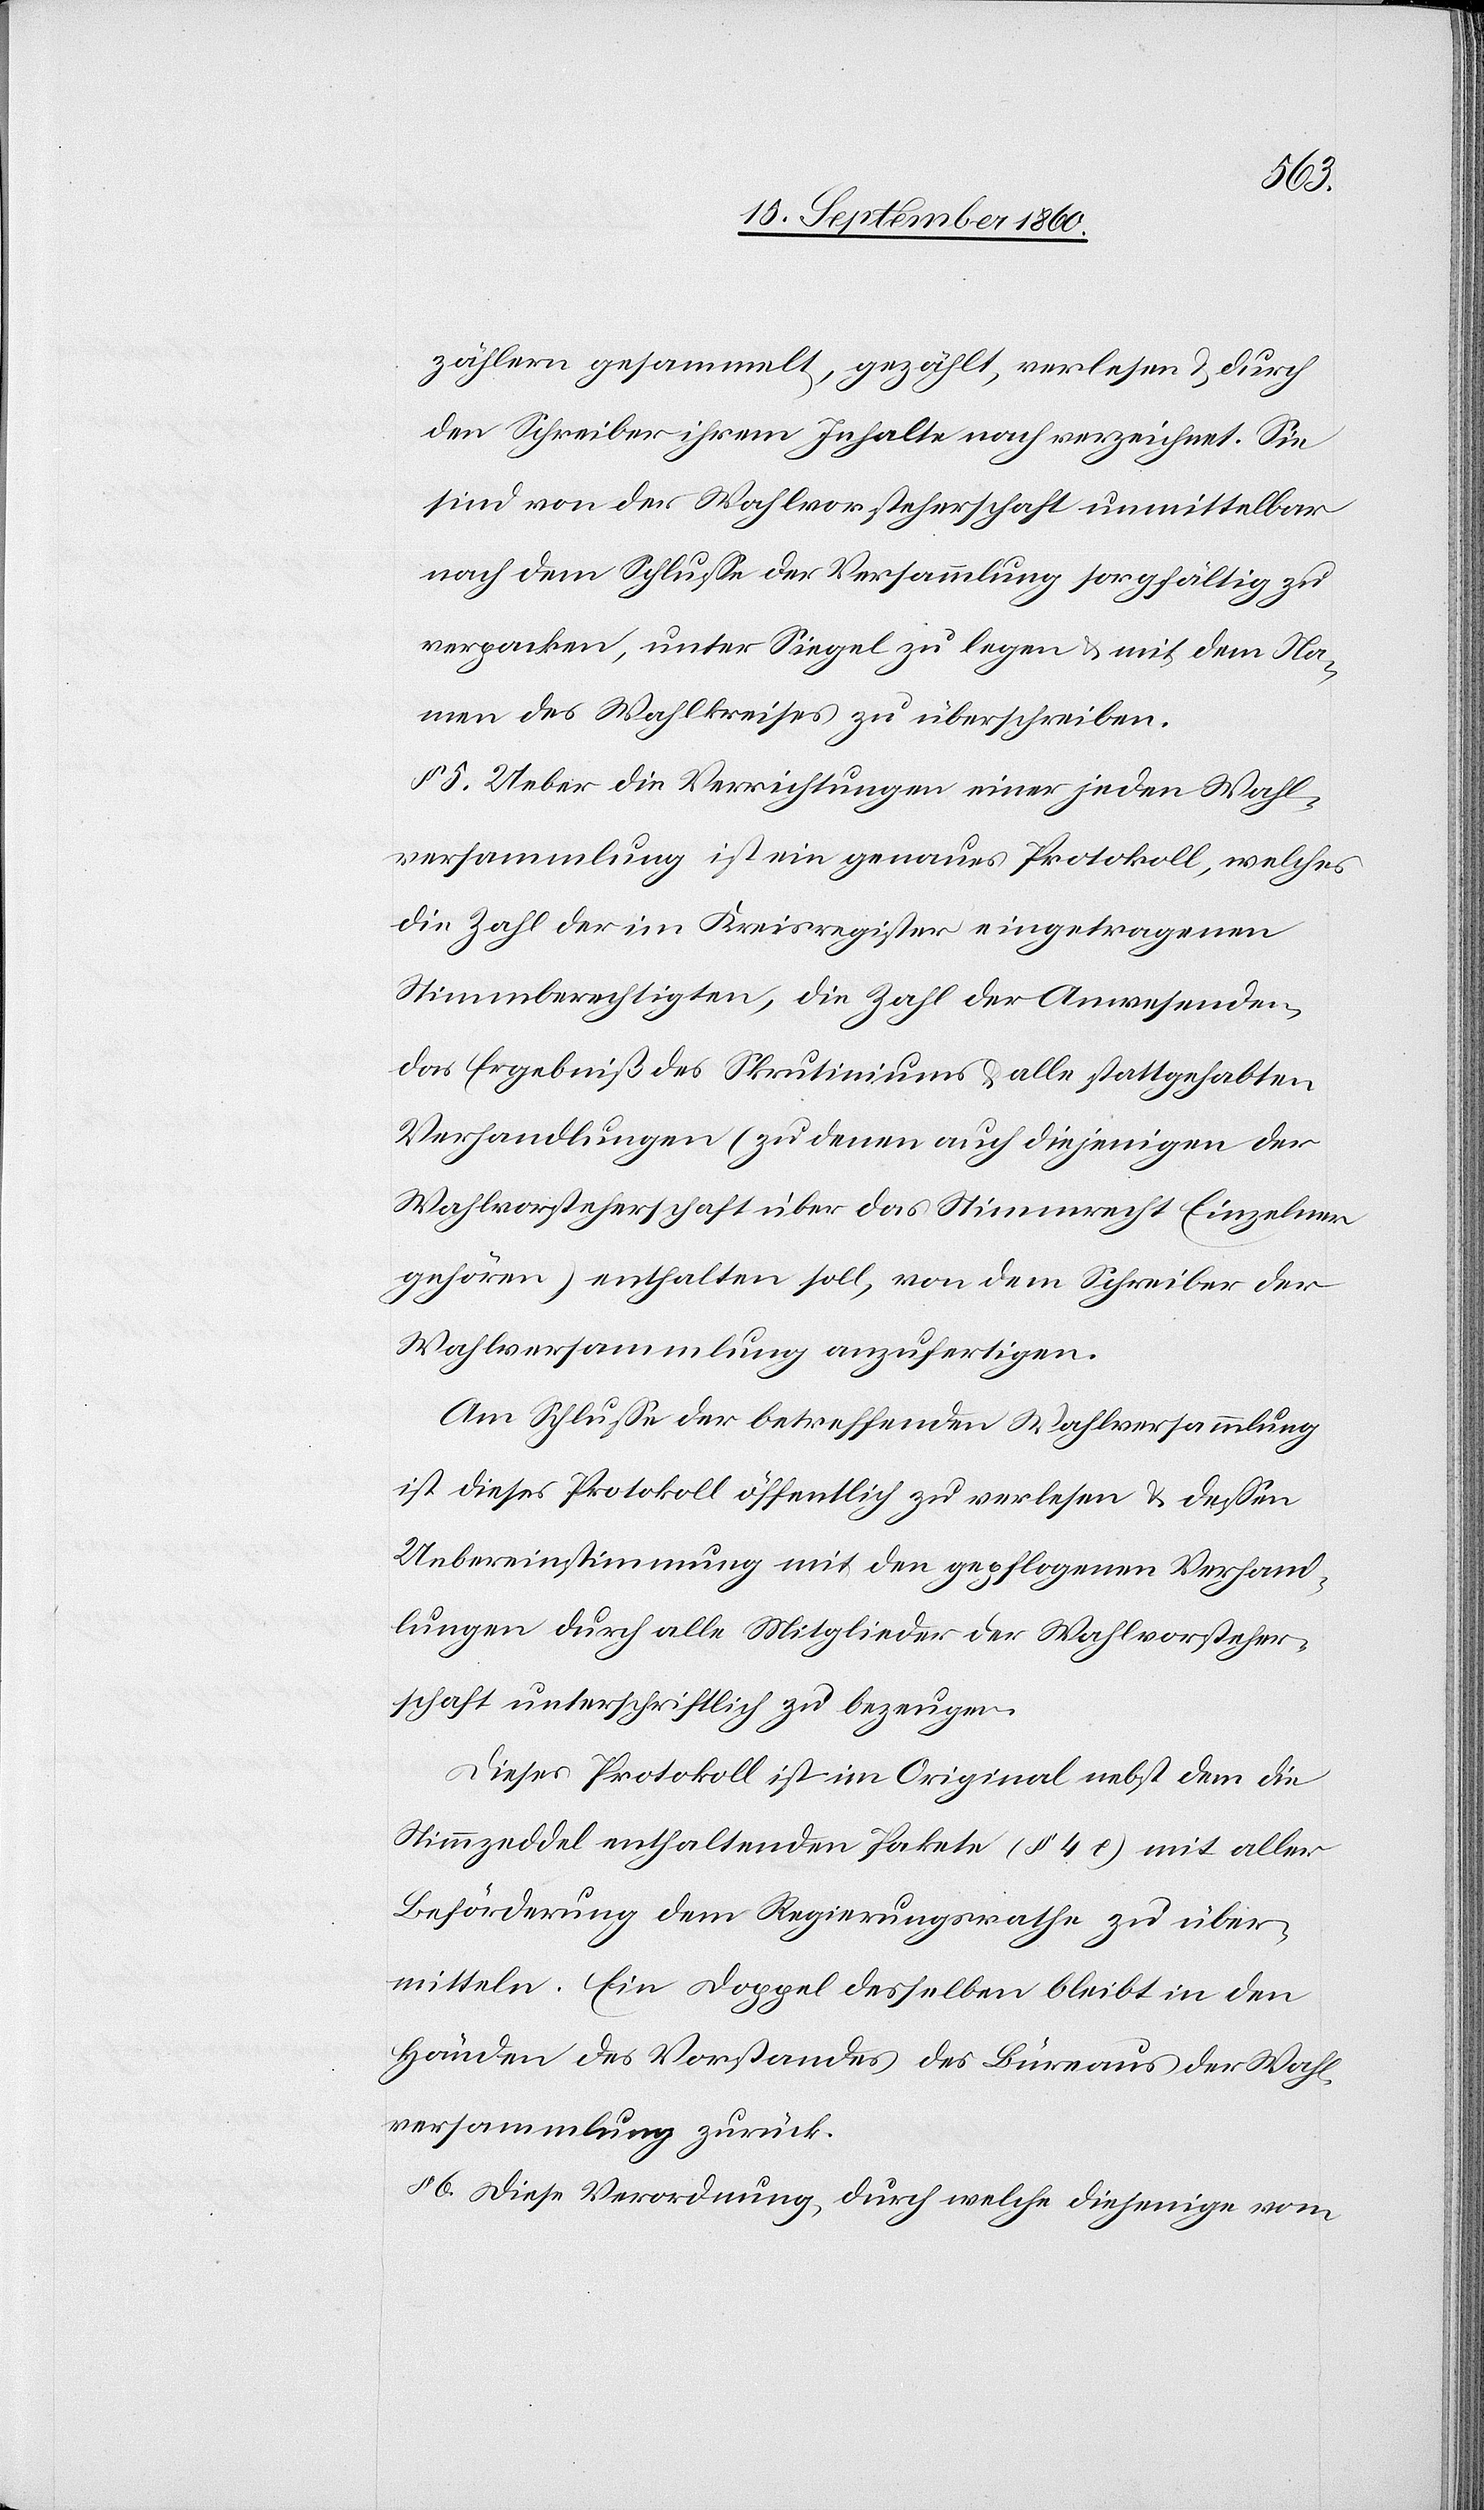
zählern gesammelt, gezählt, verlesen u. durch
den Schreiber ihrem Inhalte nach verzeichnet. Sie
sind von der Wahlvorsteherschaft unmittelbar
nach dem Schlusse der Versammlung sorgfältig zu
verpacken, unter Siegel zu legen u. mit dem Na¬
men des Wahlkreises zu überschreiben.
§ 5. Ueber die Verrichtungen einer jeden Wahl¬
versammlung ist ein genaues Protokoll, welches
die Zahl der im Kreisregister eingetragenen
Stimmberechtigten, die Zahl der Anwesenden,
das Ergebniß des Skrutiniums u. alle stattgehabten
Verhandlungen (zu denen auch diejenigen der
Wahlvorsteherschaft über das Stimmrecht Einzelner
gehören) enthalten soll, von dem Schreiber der
Wahlversammlung anzufertigen.
Am Schluße der betreffenden Wahlversammlung
ist dieses Protokoll öffentlich zu verlesen u. dessen
Uebereinstimmung mit den gepflogenen Verhand¬
lungen durch alle Mitglieder der Wahlvorsteher¬
schaft unterschriftlich zu bezeugen.
Dieses Protokoll ist im Original nebst dem die
Stimmzeddel enthaltenden Pakete (§ 4c) mit aller
Beförderung dem Regierungsrathe zu über¬
mitteln. Ein Doppel derselben bleibt in den
Händen des Vorstandes des Bureaus der Wahl¬
versammlung zurück.
6. Diese Verordnung, durch welche diejenige vom